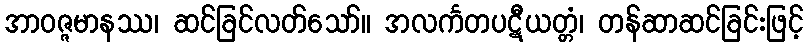
အာဝဇ္ဇမာနဿ၊ ဆင်ခြင်လတ်သော်။ အလင်္ကတပဋီယတ္တံ၊ တန်ဆာဆင်ခြင်းဖြင့်